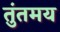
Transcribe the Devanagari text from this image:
तुंतमय